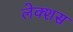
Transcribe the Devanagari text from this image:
लेक्शस